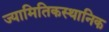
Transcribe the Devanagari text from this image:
ज्यामितिकस्थानिक